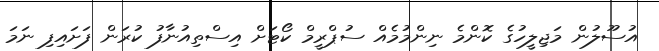
އުސޫލުން މަޖިލީހުގެ ކޮންމެ ނިންމުމެއް ސުޕްރީމް ކޯޓަށް އިސްތިއުނާފު ކުރަން ފަށައިފި ނަމަ